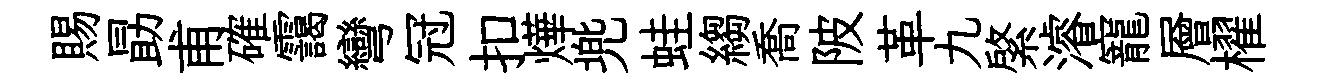
賜勗甫確靄彎冠扣燁兠蛙縐喬陂革九綮濬寵層櫂